Civil Veterinary Department. United Provinces 1923-31 - 1923-1931
Year: 1923
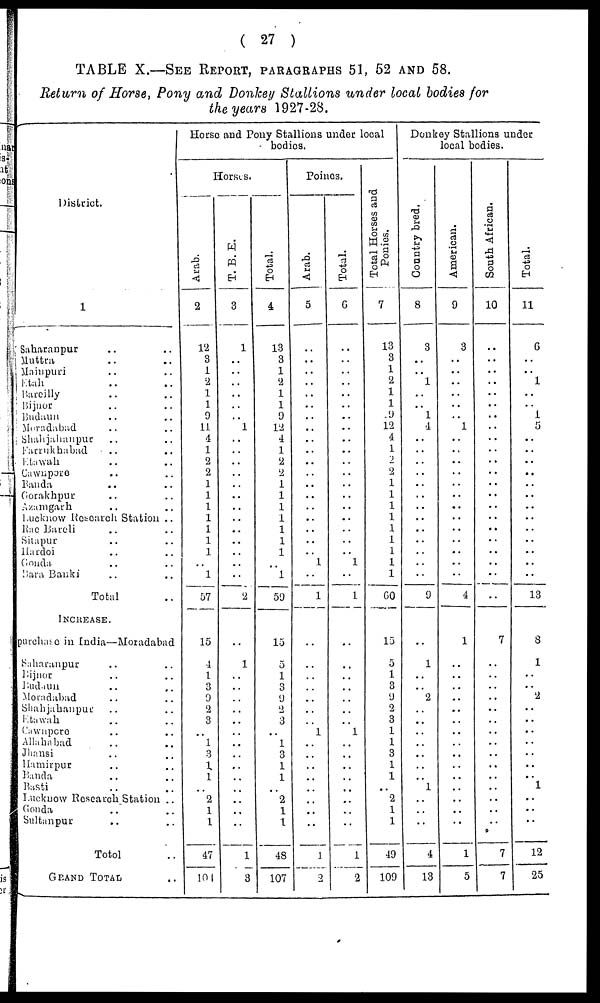
(27)
TABLE X.—SEE REPORT, PATAGRAPHS 51, 52 AND 58.
Return of Horse, Pony and Donkey Stallions under local bodies for
the years 1927-28.
District.
1
Saharanpur .. ..
Muttra .. ..
Mainpuri .. ..
Etah .. ..
Barcilly .. ..
Bijnor .. ..
Budaun .. ..
Moradabad
Shahjahanpur .. ..
Farrukhabad .. ..
Etawali .. ..
Gawnpore .. ..
Banda .. ..
Gorakhpur .. ..
Azamgarh .. ..
Lucknow Research Station ..
Rae Bareli .. ..
Sitapur .. ..
Hardoi .. ..
Gouda .. ..
Bara Banki .. ..
Total ..
INCREASE.
purchase in India—Moradabad
Saharanpur .. ..
Bijnor .. ..
Eudaun .. ..
Moradabad
Shahjahanpur .. ..
Etawah .. ..
Cawnpore .. ..
Allahabad
.. ..
Jhansi .. ..
Hamirpur .. ..
Banda .. ..
Basti .. ..
Lucknow Research Station ..
Gonda .. ..
Sultan par .. ..
Totol ..
GRAND TOTAL ..
Horse and Pony Stallions under local
bodies.
Horses.
Arab.
2
12
8
1
a 1
1
9
11
4
1
2
2
1
1
1
1
1
1
1
.. 1
57
15
4
1
3
0
2
3
.. 1
3
1
1
..
2
1
1
47
104
T. B. E.
3
1
..
..
..
..
..
.. 1
..
..
..
..
..
..
..
..
..
..
..
..
..
2
..
1
..
..
..
..
..
..
..
..
..
..
..
..
..
..
1
3
Total.
4
13
3
1
2
1
1
9
12
4
1
2
2
1
1
1
1
1
1
1
1
59
15
5
1
3
0
2
3
..
1
3
1
1
..
2
1
1
48
107
Poines.
Arab.
5
..
..
..
..
..
..
..
..
..
..
..
..
..
..
..
..
..
.. 1
..
1
..
..
..
..
..
.. 1
..
..
..
..
..
..
..
..
1
2
Total.
6
..
..
..
..
..
..
..
..
..
..
..
..
..
1
..
1
..
..
..
..
..
..
..
1
..
..
..
..
..
..
..
..
1
2
Total Hor s e s and
Poni es .
7
13
3
1
2
1
1
9
12
4
1
2
2
1
1
1
1
1
1
1
1
1
60
15
5
1
3
9
2
3
1
1
3
1
1
.. 2
1
1
49
109
Donkey Stallions under
local bodies.
Count r
y bred.
8
3
..
..
1
..
..
1
4
..
..
..
..
..
..
..
..
..
..
..
9
..
1
..
.. 2
..
..
..
..
..
.. 1
..
..
..
4
13
American.
9
3
..
..
..
..
..
1
..
..
..
..
..
..
..
..
..
..
..
..
..
4
1
..
..
..
..
..
..
..
..
..
..
..
..
..
1
5
South African.
10
..
..
..
..
..
..
..
..
..
..
..
..
..
..
..
..
..
..
..
..
..
..
7
..
..
..
..
..
..
..
..
..
..
..
..
..
..
..
7
7
Tot al .
11
6
..
..
1
..
..
1
5
..
..
..
..
..
..
..
..
..
..
..
..
..
13
8
1
..
..
2
..
..
..
..
..
..
..
1
..
..
..
12
25